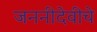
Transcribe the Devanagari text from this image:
जननीदेवीचे